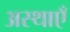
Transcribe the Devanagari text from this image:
अस्थाएँ